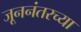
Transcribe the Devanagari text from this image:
जूननंतरच्या